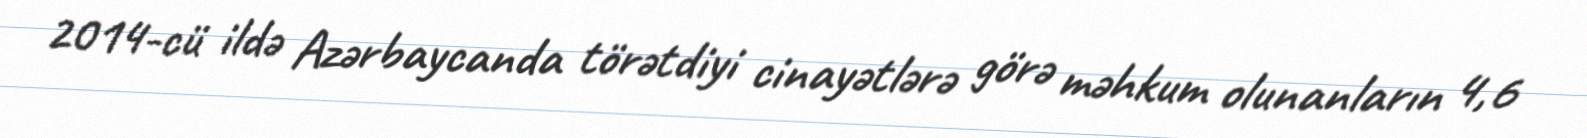
2014-cü ildə Azərbaycanda törətdiyi cinayətlərə görə məhkum olunanların 4,6